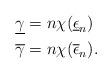
LaTeX: \begin{align*} \underline{\gamma} &= n \chi(\underline{\epsilon}_n) \\ \overline{\gamma} &= n \chi(\overline{\epsilon}_n). \end{align*}